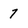
Character: 7